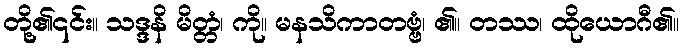
တို့၏၎င်း။ သဒ္ဒနိ မိတ္တံ၊ ကို။ မနသိကာတဗ္ဗံ၊ ၏။ တဿ၊ ထိုယောဂီ၏။